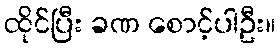
ထိုင်ပြီး ခဏ စောင့်ပါဦး။